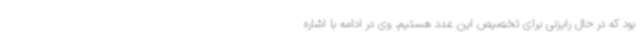
بود که در حال رایزنی برای تخصیص این عدد هستیم. وی در ادامه با اشاره